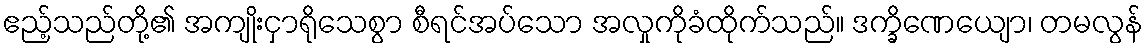
ဧည့်သည်တို့၏ အကျိုးငှာရိုသေစွာ စီရင်အပ်သော အလှုကိုခံထိုက်သည်။ ဒက္ခိဏေယျော၊ တမလွန်